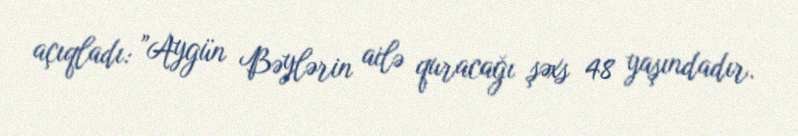
açıqladı: ”Aygün Bəylərin ailə quracağı şəxs 48 yaşındadır.